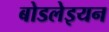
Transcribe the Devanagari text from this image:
बोडलेइयन